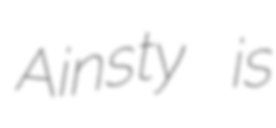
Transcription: Ainsty is